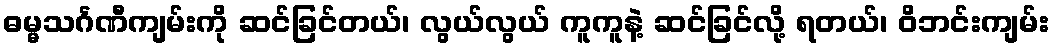
ဓမ္မသင်္ဂဏီကျမ်းကို ဆင်ခြင်တယ်၊ လွယ်လွယ် ကူကူနဲ့ ဆင်ခြင်လို့ ရတယ်၊ ဝိဘင်းကျမ်း